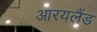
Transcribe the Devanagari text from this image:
आरयलैंड